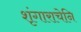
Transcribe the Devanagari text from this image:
शृंगाराचेनि